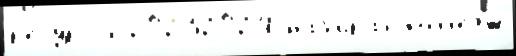
р'есу́рсы 20232024 наб'ира́я колл'едж